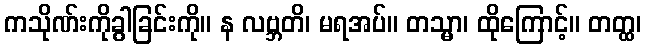
ကသိုဏ်းကိုခွါခြင်းကို။ န လဗ္ဘတိ၊ မရအပ်။ တသ္မာ၊ ထိုကြောင့်။ တတ္ထ၊